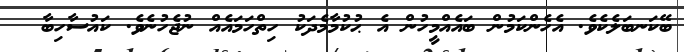
ބޭކަނބަލެކެވެ. އެހެންކަމުން ބައެއްމީހުން އެ ޙުކުމާމެދަކު ހިތްހަމައެއް ނުޖެހުނެވެ. ކައުސާހިބާ